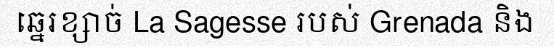
ឆ្នេរខ្សាច់ La Sagesse របស់ Grenada និង